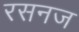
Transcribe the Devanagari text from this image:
रसनज